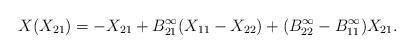
LaTeX: \begin{align*}X(X_{21}) = - X_{21} + B^{\infty}_{21} (X_{11}- X_{22}) + (B^{\infty}_{22} - B^{\infty}_{11} ) X_{21} .\end{align*}